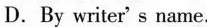
D. By wrie's mame.